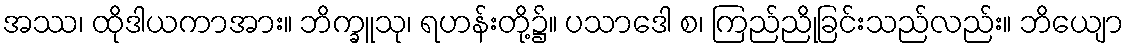
အဿ၊ ထိုဒါယကာအား။ ဘိက္ခူသု၊ ရဟန်းတို့၌။ ပသာဒေါ စ၊ ကြည်ညိုခြင်းသည်လည်း။ ဘိယျော